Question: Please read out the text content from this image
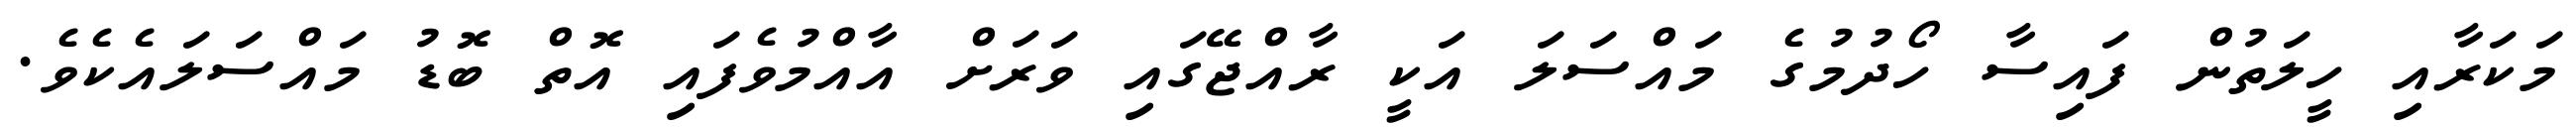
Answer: މަކަރާއި ހީލަތުން ފައިސާ ހޯދުމުގެ މައްސަލަ އަކީ ރާއްޖޭގައި ވަރަށް އާއްމުވެފައި އޮތް ބޮޑު މައްސަލައެކެވެ.